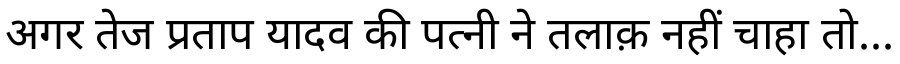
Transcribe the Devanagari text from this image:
अगर तेज प्रताप यादव की पत्नी ने तलाक़ नहीं चाहा तो...